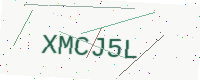
Text: XMCJ5L